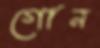
গোন